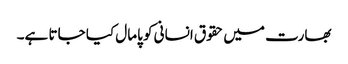
بھارت میں حقوق انسانی کو پامال کیا جاتا ہے۔